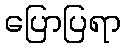
ပြောပြရာ